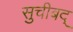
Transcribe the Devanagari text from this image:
सुचीबद्